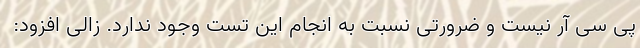
پی سی آر نیست و ضرورتی نسبت به انجام این تست وجود ندارد. زالی افزود: